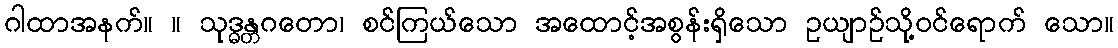
ဂါထာအနက်။ ။ သုဒ္ဓန္တဂတော၊ စင်ကြယ်သော အထောင့်အစွန်းရှိသော ဥယျာဉ်သို့ဝင်ရောက် သော။